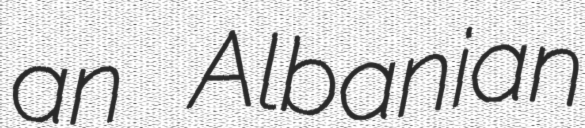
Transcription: an Albanian